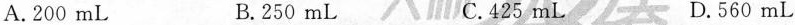
A.200mL B.250mL C.425mL D.560mL